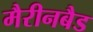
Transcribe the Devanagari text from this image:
मैरीनबैड